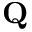
\mathbf { Q }